Report on inoculation in the plague infected areas of the Punjab and its dependencies from October 1900 to September 1901
Year: 1900
Disease focus: Plague
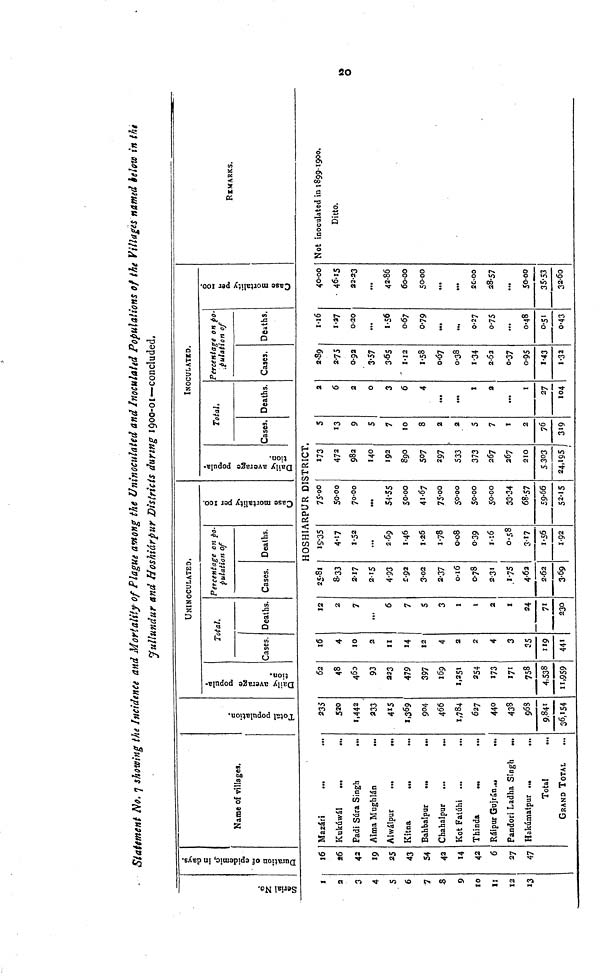
Statement No. 7 showing the Incidence and Mortality of Plague among the Uninoculated and Inoculated Populations of the Villages named below in the
Jullundur and Hoshiárpur Districts during 1900-01—concluded.
Serial No.
Duration of epidemic in days.
Name of villages.
UNINOCULATED.
Total.
Cases. Deaths.
Percentage on po-
pulation of
Cases. Deaths.
INOCULATED.
Total.
Cases. Deaths.
Percentage on po-
pulation of
Cases. Deaths.
REMARKS.
HOSHIARPUR DISTRICT.
1
a
3
4
5
6
7
3
9
10
II
12
13
16
26
42
19
25
43
54
42
14
42
6
27
47
Mazári
...
...
Kukúwál ... ...
Padi Súra Singh ...
Alma Mughlán
...
Alwálpur
...
...
Kitna ... ...
Bahbalpur
...
...
Chahalpur
...
...
Kot Falúhi ... ...
Thinda ... ...
Ráipur
Gujrán
...
Pandori Ladha Singh
...
Hakúmatpur...
...
Total ...
GRAND TOTAL ...
235
520
1,442
233
415
1,369
904
466
1,784
627
440
433
968
9,841
36,154
62
48
460
93
223
479
397
169
1,251
254
173
171
758
4,538
11,959
16
4
10
2
II
14
12
4
2
2
4
3
35
119
441
12
2
7
***
6
7
5
3
1
1
2
I
24
71
230
25 81
8 33
2 17
2 15
4 93
2 92
3 02
2 37
0 16
0 78
2 31
1 75
4 62
2 62
3 69
19 35
4 17
1 52
***
2 69
1 46
1 26
1 78
0 08
0 39
1 16
0 58
3 17
1 56
1 92
75 00
50 00
70 00
***
54 55
50 00
41 67
75 00
50 00
50 00
50 00
33 24
68 57
59 86
52 15
173
472
982
140
192
890
507
297
533
373
267
267
210
5 303
24,195
5
13
9
5
7
10
8
2
2
5
7
I
2
76
319
2
6
2
O
3
6
4
***
***
I
2
***
I
27
104
2 89
2 75
0 92
3 57
3 65
I 12
I 58
0 07
0 38
I 34
2 62
0 37
0 95
1 43
1 32
1 16
1 27
0 20
***
1 56
0 67
0 79
***
***
0 27
0 75
***
0 48
0 51
0 43
40 00
46 15
22 23
***
42 86
60 00
50 00
***
***
2C-00
28 57
***
50 00
35 53
32 60
Not inoculated in 1899-1900.
Ditto.